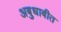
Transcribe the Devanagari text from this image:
अबुधाबीत